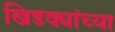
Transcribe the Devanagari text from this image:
खिडक्यांच्या